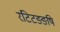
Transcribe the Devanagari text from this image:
रंटिटङङषि